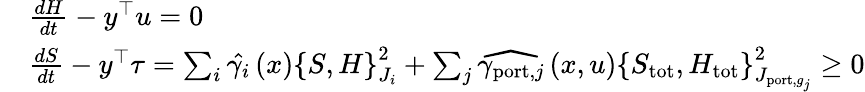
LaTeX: \begin{array}{rl}&{\frac{dH}{dt}-y^{\top}u=0}\\ &{\frac{dS}{dt}-y^{\top}\tau=\sum_{i}\hat{\gamma_{i}}\left(x\right)\left\{ S,H\right\} _{J_{i}}^{2}+\sum_{j}\widehat{\gamma_{\textrm{port},j}}\left(x,u\right)\left\{ S_{\textrm{tot}},H_{\textrm{tot}}\right\} _{J_{\textrm{port},g_{j}}}^{2}\geq 0}\end{array}